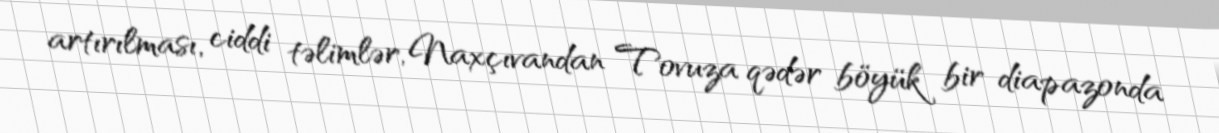
artırılması, ciddi təlimlər, Naxçıvandan Tovuza qədər böyük bir diapazonda